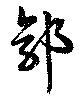
郭